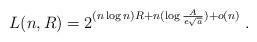
LaTeX: \begin{align*} L(n,R) = 2^{(n\log n)R + n ( \log \frac{A}{e\sqrt{a}}) + o(n)} \;.\,\end{align*}